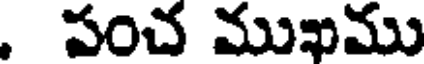
, పంచ ముఖము